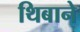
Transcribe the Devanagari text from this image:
थिबाने